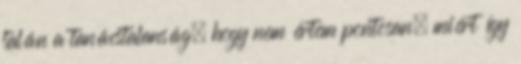
talán a tanácstalanság, hogy nem értem pontosan, miért így